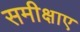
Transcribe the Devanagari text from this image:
समीक्षाए